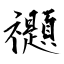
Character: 禵